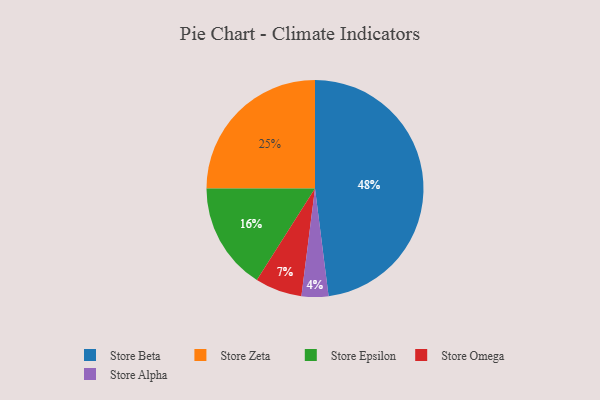
{"axis": {"x": "Category", "y": "Percentage"}, "legend": ["Store Alpha", "Store Beta", "Store Epsilon", "Store Omega", "Store Zeta"], "data": [{"x": "Store Zeta", "y": 25, "type": "Store Zeta"}, {"x": "Store Beta", "y": 48, "type": "Store Beta"}, {"x": "Store Omega", "y": 7, "type": "Store Omega"}, {"x": "Store Alpha", "y": 4, "type": "Store Alpha"}, {"x": "Store Epsilon", "y": 16, "type": "Store Epsilon"}]}